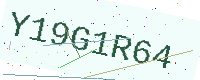
Text: Y19G1R64